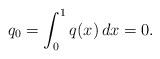
LaTeX: \begin{align*} q_{0}=\int_{0}^{1}q(x)\,dx= 0.\end{align*}